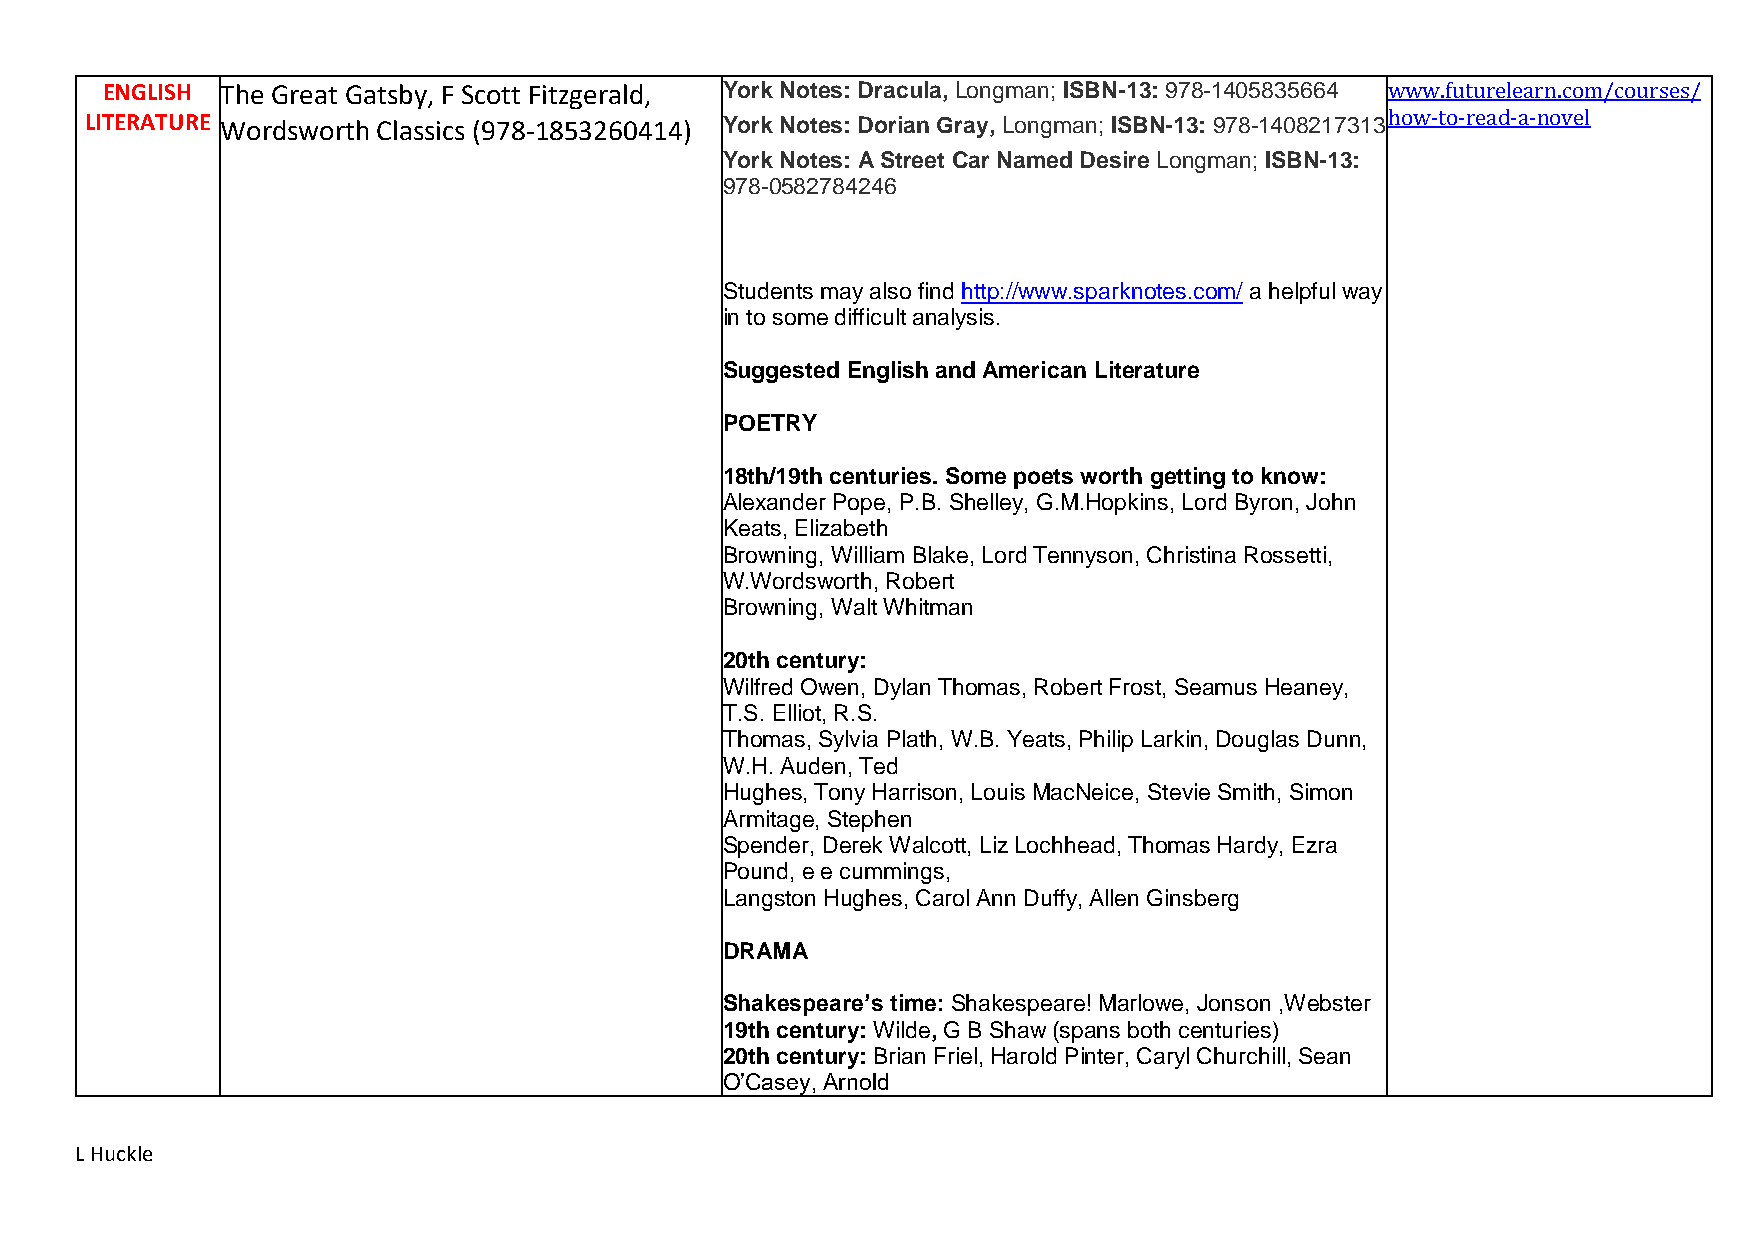
ENGLISH The Great Gatsby, F Scott Fitzgerald, York Notes: Dracula, Longman; ISBN-13: 978-1405835664 www.futurelearn.com/courses/
 LITERATURE Wordsworth Classics (978-1853260414) York Notes: Dorian Gray, Longman; ISBN-13: 978-1408217313 how-to-read-a-novel
 York Notes: A Street Car Named Desire Longman; ISBN-13:
 978-0582784246
 Students may also find http://www.sparknotes.com/ a helpful way
 in to some difficult analysis.
 Suggested English and American Literature
 POETRY
 18th/19th centuries. Some poets worth getting to know:
 Alexander Pope, P.B. Shelley, G.M.Hopkins, Lord Byron, John
 Keats, Elizabeth
 Browning, William Blake, Lord Tennyson, Christina Rossetti,
 W.Wordsworth, Robert
 Browning, Walt Whitman
 20th century:
 Wilfred Owen, Dylan Thomas, Robert Frost, Seamus Heaney,
 T.S. Elliot, R.S.
 Thomas, Sylvia Plath, W.B. Yeats, Philip Larkin, Douglas Dunn,
 W.H. Auden, Ted
 Hughes, Tony Harrison, Louis MacNeice, Stevie Smith, Simon
 Armitage, Stephen
 Spender, Derek Walcott, Liz Lochhead, Thomas Hardy, Ezra
 Pound, e e cummings,
 Langston Hughes, Carol Ann Duffy, Allen Ginsberg
 DRAMA
 Shakespeare’s time: Shakespeare! Marlowe, Jonson ,Webster
 19th century: Wilde, G B Shaw (spans both centuries)
 20th century: Brian Friel, Harold Pinter, Caryl Churchill, Sean
 O’Casey, Arnold
 L Huckle